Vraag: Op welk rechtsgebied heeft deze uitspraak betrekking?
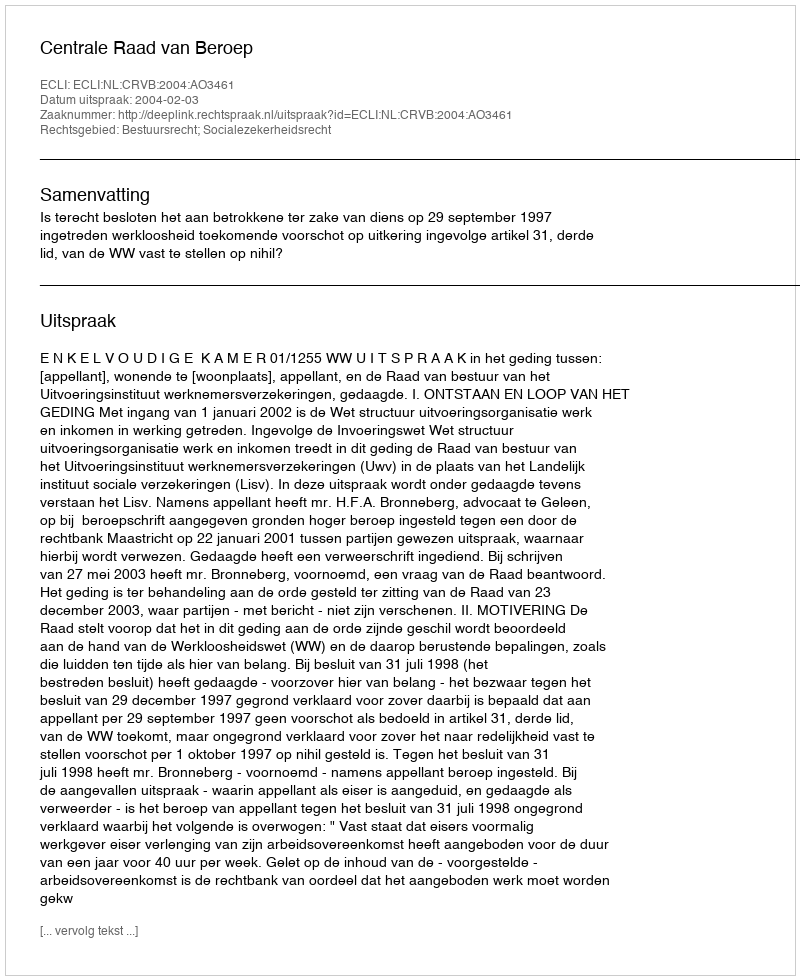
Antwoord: Bestuursrecht; Socialezekerheidsrecht